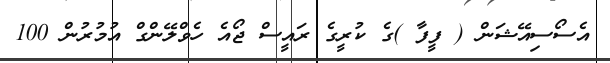
އެސޯސިއޭޝަން ( ފީފާ )ގެ ކުރީގެ ރައީސް ޖޯއެ ހެވްލޭންގް އުމުރުން 100